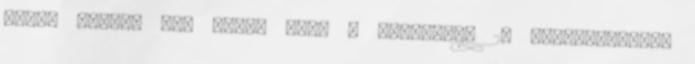
délen lakott két lábon állt a gazdasága 2. Szereposztás: